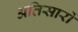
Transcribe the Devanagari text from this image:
अतिसारों